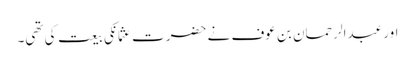
اور عبدالرحمان بن عوف نے حضرت عثمانکی بیعت کی تھی۔